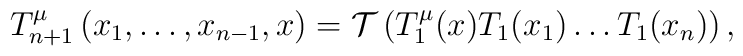
T_{n+1}^\mu \left( x_1,\ldots ,x_{n-1},x\right) ={\cal T}\left( T_1^\mu(x)T_1(x_1)\ldots T_1(x_n)\right) ,